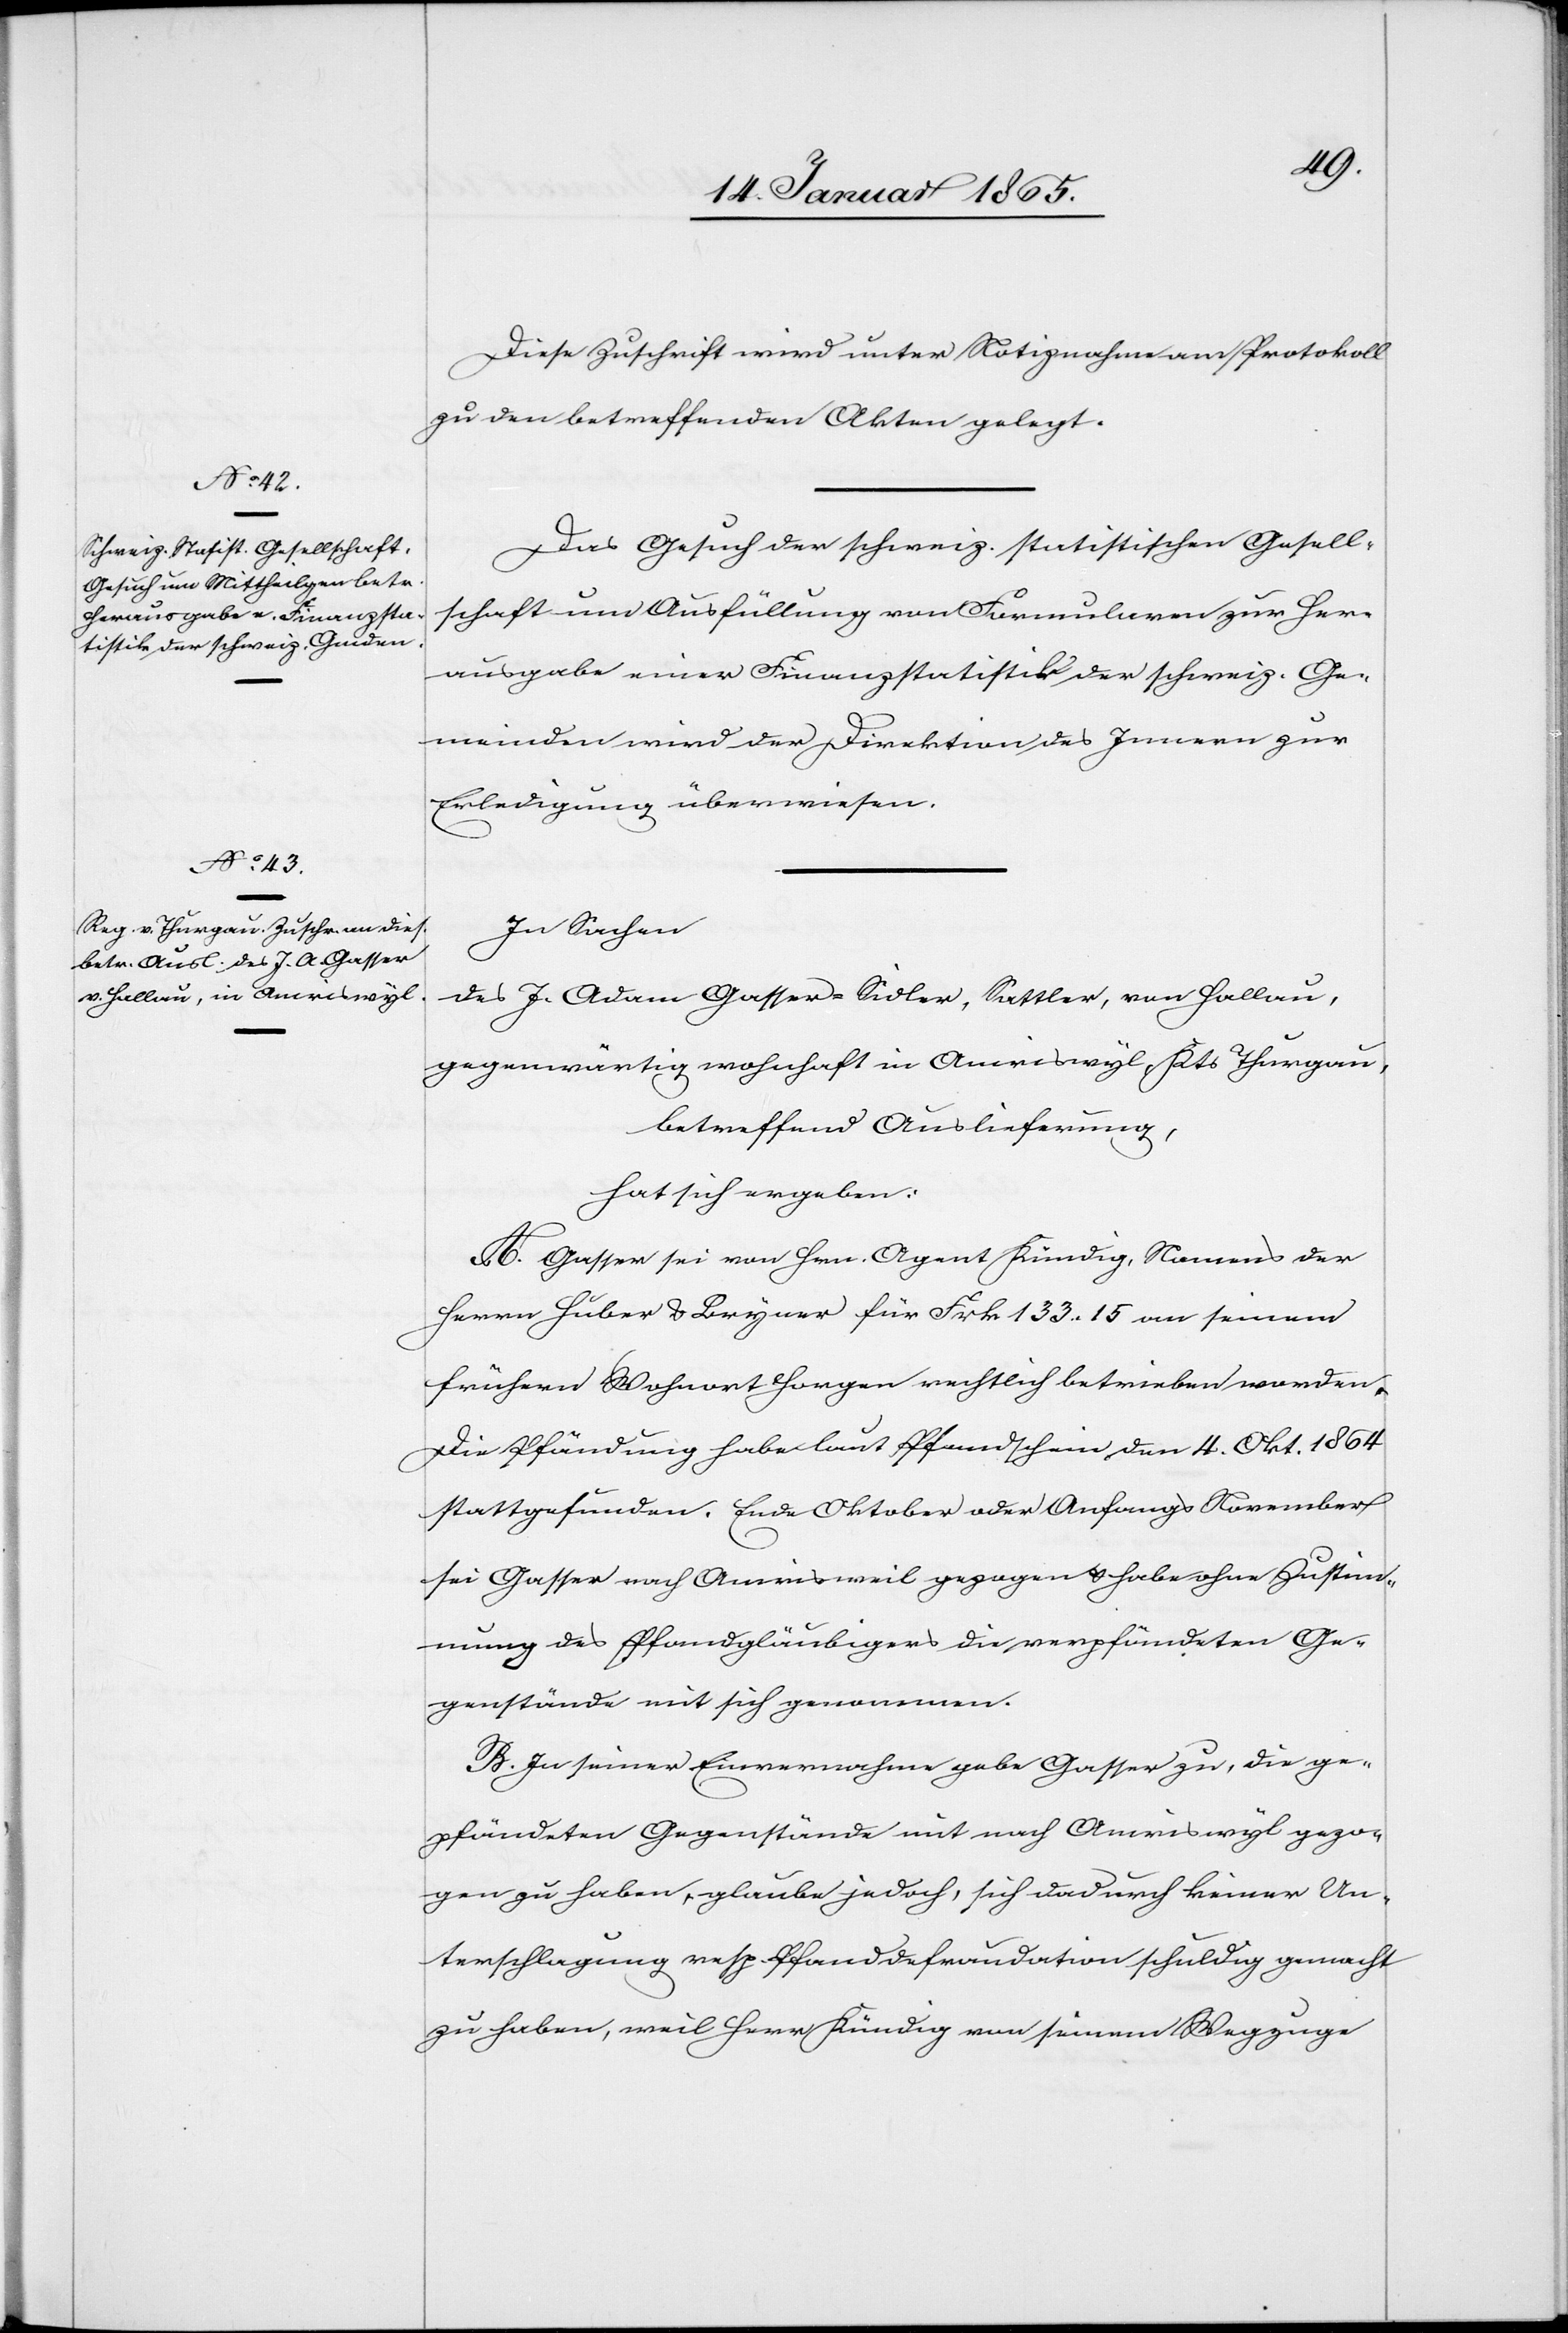
Diese Zuschrift wird unter Notiznahme am Protokoll
zu den betreffenden Akten gelegt.
Das Gesuch der schweiz. statistischen Gesell¬
schaft und Ausfüllung von Formularen zur Her¬
ausgabe einer Finanzstatistik der schweiz. Ge¬
meinden wird der Direktion des Innern zur
Erledigung überwiesen.
In Sachen
des J. Adam Gasser-Sidler, Sattler, von Hallau,
gegenwärtig wohnhaft in Amriswyl, Kts Thurgau,
betreffend Auslieferung,
hat sich ergeben:
A. Gasser sei von Hrn. Agent Kündig, Namens der
Herrn Huber u. Bryner für Frk 133. 15 an seinem
frühern Wohnort Horgen rechtlich betrieben worden.
Die Pfändung habe laut Pfandschein den 4. Okt. 1864
stattgefunden. Ende Oktober oder Anfangs November
sei Gasser nach Amrisweil gezogen u. habe ohne Zustim¬
mung des Pfandgläubigers die verpfändeten Ge¬
genstände mit sich genommen.
B. In seiner Einvernahme gebe Gasser zu, die ge¬
pfändeten Gegenstände mit nach Amriswyl gezo¬
gen zu haben, glaube jedoch, sich dadurch keiner Un¬
terschlagung resp. Pfanddefraudation schuldig gemacht
zu haben, weil Herr Kündig von seinem Wegzuge